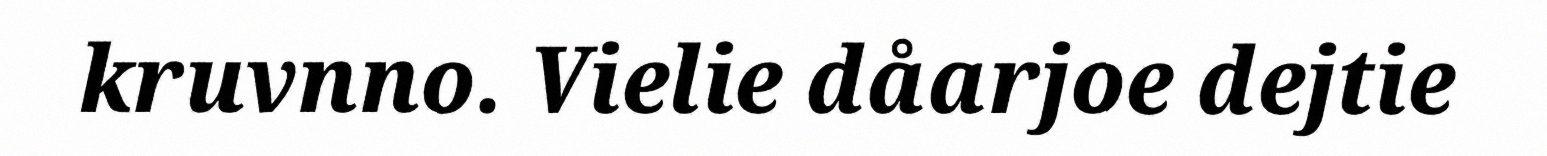
kruvnno. Vielie dåarjoe dejtie